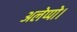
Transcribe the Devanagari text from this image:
अलेप्पो।